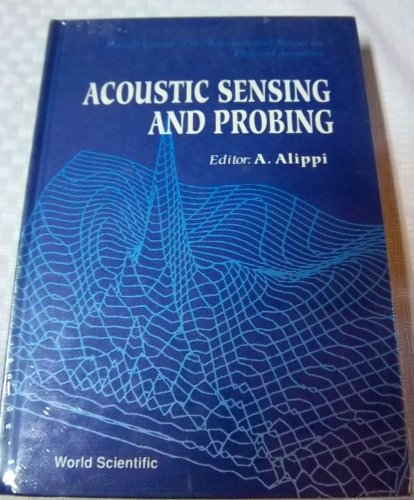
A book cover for Acoustic Sensing and Probing: Fourth Course of the International School on Physical Acoustics, 3-10 October 1991, Erice, Italy; A. Alippi; Science & Math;